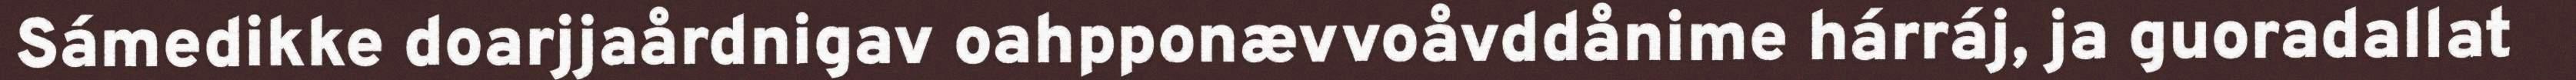
Sámedikke doarjjaårdnigav oahpponævvoåvddånime hárráj, ja guoradallat